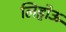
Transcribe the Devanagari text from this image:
लिहोऊ